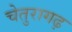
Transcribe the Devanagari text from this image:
चेतुरागढ़